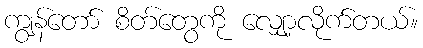
ကျွန်တော် စိတ်တွေကို လျှော့လိုက်တယ်။